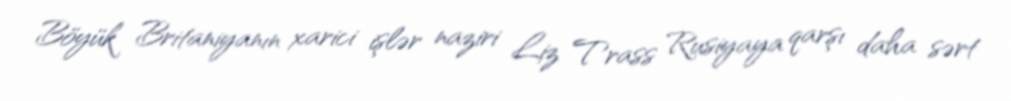
Böyük Britaniyanın xarici işlər naziri Liz Trass Rusiyaya qarşı daha sərt